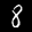
Label: 8